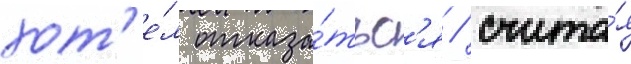
хот'е́л отказа́тьс'я / счита́я